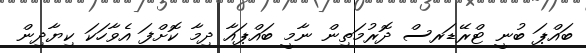
ބައްޕަ ބުނީ ޓްރޭޑަރސް ދޮރުމަތިން ނާމީ ބައްޕައާ ދިމާ ކޮށްފަ އެވާހަކަ ކިޔާދިން